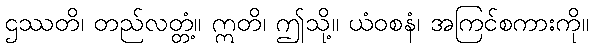
ဌဿတိ၊ တည်လတ္တံ့။ ဣတိ၊ ဤသို့။ ယံဝစနံ၊ အကြင်စကားကို။